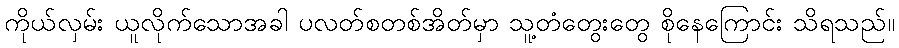
ကိုယ်လှမ်း ယူလိုက်သောအခါ ပလတ်စတစ်အိတ်မှာ သူ့တံတွေးတွေ စိုနေကြောင်း သိရသည်။